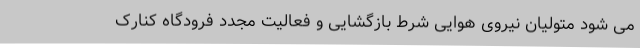
می شود متولیان نیروی هوایی شرط بازگشایی و فعالیت مجدد فرودگاه کنارک